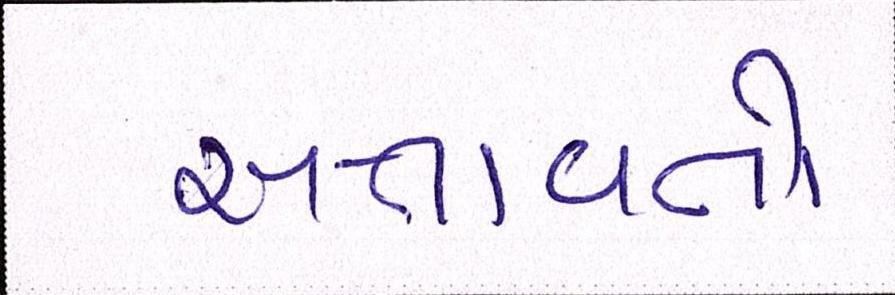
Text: સતાવતો